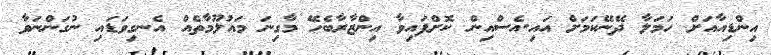
އިންޑިއާއަށް ހަމަލާ ދޭނޭކަމަށް އައި.އެސްއިން ކޮށްފައިވާ އިންޒާރާބެހޭ މާގިނަ މައުލޫމާތެއް އެނގިވަޑައި ނުގަންނަވާ